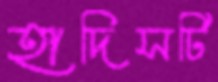
হাদিসটি